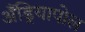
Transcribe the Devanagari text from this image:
अँड्रियापोल